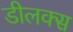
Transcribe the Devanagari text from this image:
डीलक्‍स